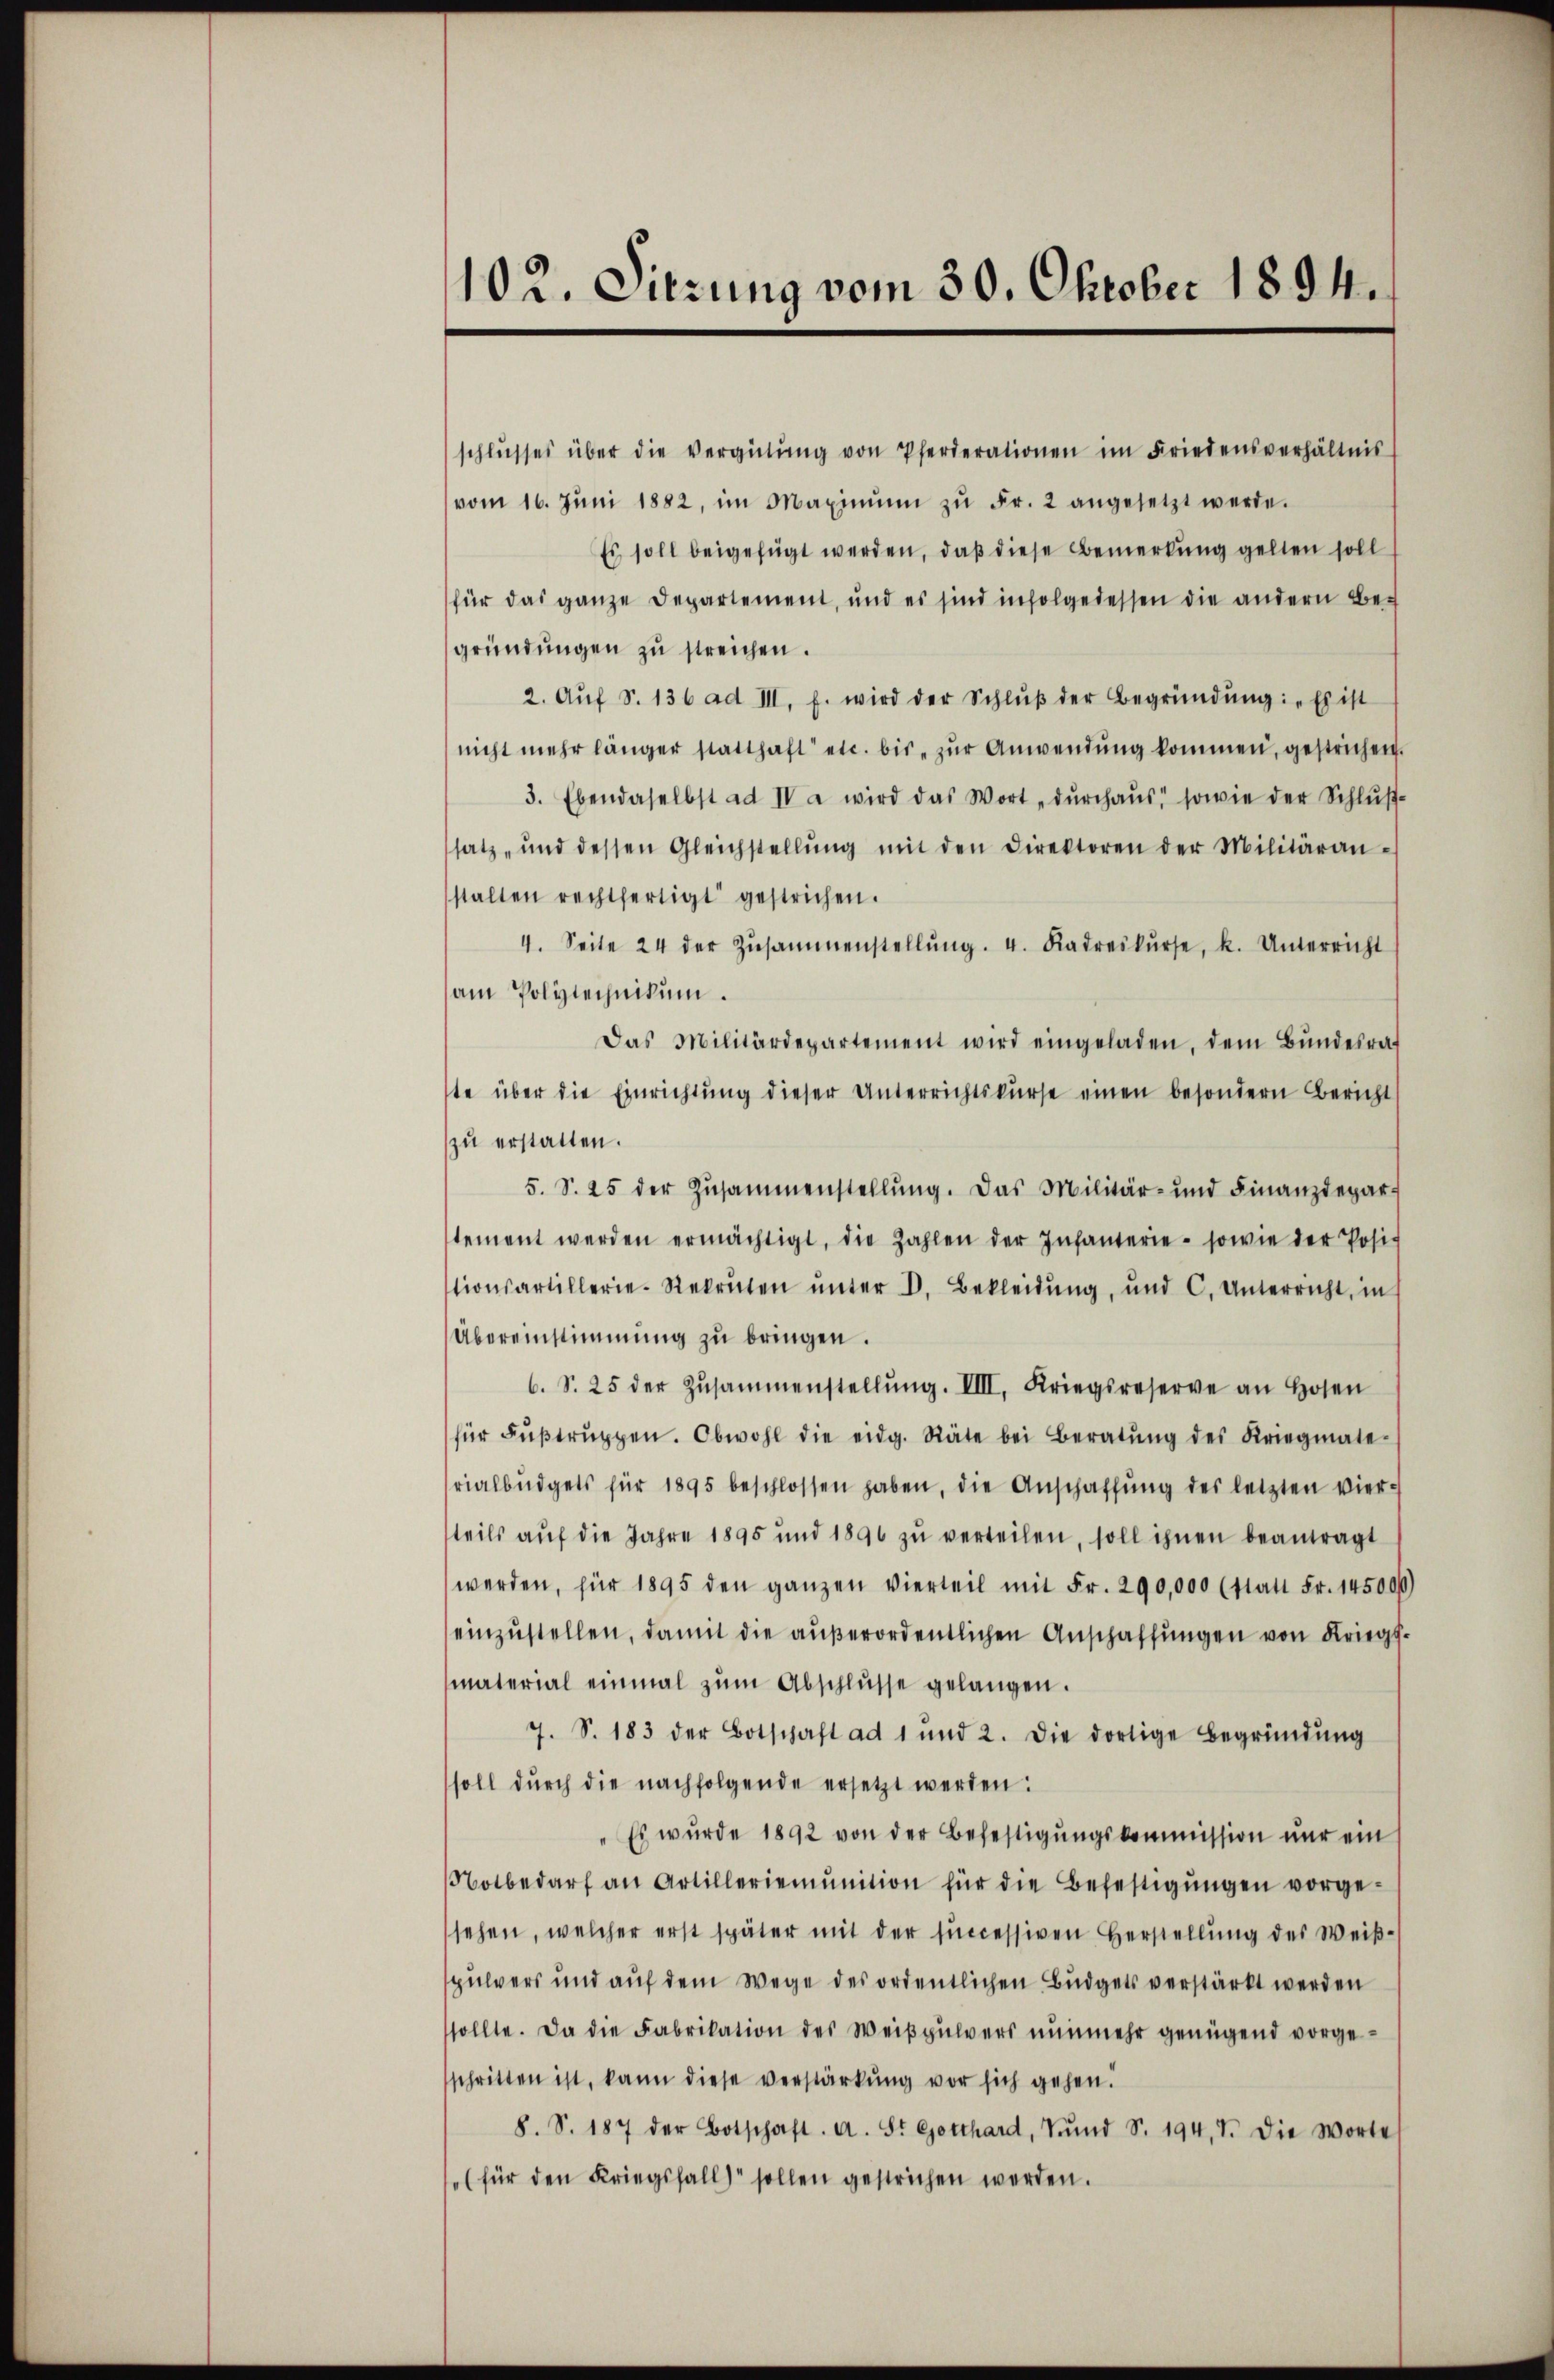
schlŭsses über die vergütŭng von Pferderationen im Friedensverhältnis
vom 16. Jŭni 1882, im Maximŭm zŭ Fr. 2 angesetzt werde.
Es soll beigefügt werden, daß diese Bemerkung gelten soll
für das ganze Departement, und es sind infolgedessen die andern Begründŭngen zŭ streichen.
2. Aŭf S. 136 ad III. f. wird der Schlŭβ der Begründŭng: „Es ist
nicht mehr länger statthaft etc. bis zŭr Anwendung kommen, gestrichen.
3. Ebendaselbst ad IV a wird das Wort „dŭrch aŭs, sowie der Schlŭβ-
satz und dessen Gleichstellŭng mit den Direktoren der Militäran-
stalten rechtfertigt gestrichen.
4. Seite 24 der Zŭsammenstellŭng. 4. Kadreskŭrse, k. Unterricht
am Polytechnikum.
Das Militärdepartement wird eingeladen, dem Bŭndesrat
te über die Einrichtŭng dieser Unterrichtskurse einen besondern Bericht
zu erstatten.
5. S. 25 der Zŭsammenstellŭng. Das Militär- und Finanzdepar-
stement werden ermächtigt, die Zahlen der Infanterie- sowie der Posit
tionsartillerie-Rekruten ŭnter d. Bekleidŭng, und C. Unterricht, in
Übereinstimmung zu bringen.
b. S. 25 der Zŭsammenstellŭng. IIII. Kriegsreserve an Hosen
für Fŭβtrŭppen. Obwohl die eidg. Räte bei Beratŭng des Kriegmate-
rialbüdgets für 1895 beschlossen haben, die Anschaffŭng des letzten vier-
teils aŭf die Jahre 1895 und 1890 zŭ verteilen, soll ihnen beantragt
werden, für 1895 den ganzen Vierteil mit Fr. 290,000 (statt Fr. 145000)
einzŭstellen, damit die aŭβerordentlichen Anschaffŭngen von Kriegsmaterial einmal zŭm Abschlŭsse gelangen.
7. S. 183 der Botschaft ad 1 und 2. Die dortige Begründŭng
soll durch die nachfolgende ersetzt werden:
Es wurde 1892 von der Befestigungskommission nur ein
Notbedarf an Artilleriemŭnition für die Befestigŭngen vorge-
sehen, welcher erst später mit der successiven Herstellŭng des Weiβ-
spulvers und auf dem Wege des ordentlichen Budgets verstärkt werden
sollte. Da die Fabrikation des Weißpulvers nunmehr genügend vorgeschritten ist, kann diese verstärkung vor sich gehen.
8. S. 187 der Botschaft. A. St Gotthard, Trŭnd S. 194, 7. die Worte
(für den Kriegsfall sollen gestrichen werden.

102. Sitzung vom 30. Oktober 1894.